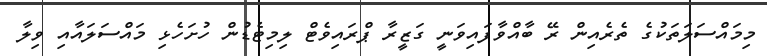
މިމައްސަލަތަކުގެ ތެރެއިން ރޭ ބާއްވާފައިވަނީ ގަޒީރާ ޕްރައިވެޓް ލިމިޓެޑުން ހުށަހެޅި މައްސަލައާއި ވިލާ